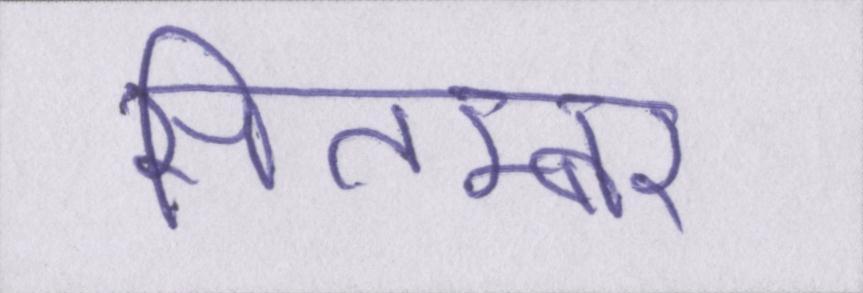
सितम्बर